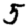
Digit: 5